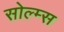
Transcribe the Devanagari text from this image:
सोल्म्स